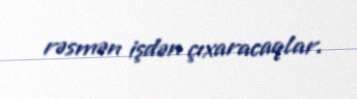
rəsmən işdən çıxaracaqlar.